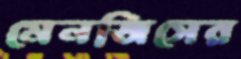
মেনজিসের